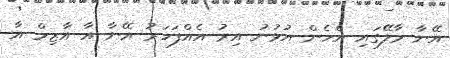
އޭނާ މާލޭގައި އެހެން އުޅުނު އިރު އެއްފަހަރު އޭނާ އާ އާޒިމް އާ